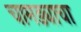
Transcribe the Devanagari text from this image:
चामड्याचा